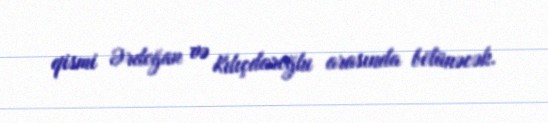
qismi Ərdoğan və Kılıçdaroğlu arasında bölünəcək.